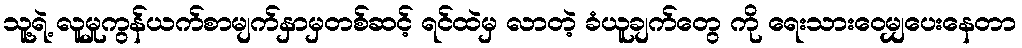
သူ့ရဲ့ လူမှုကွန်ယက်စာမျက်နှာမှတစ်ဆင့် ရင်ထဲမှ လာတဲ့ ခံယူချက်တွေ ကို ရေးသားဝေမျှပေးနေတာ